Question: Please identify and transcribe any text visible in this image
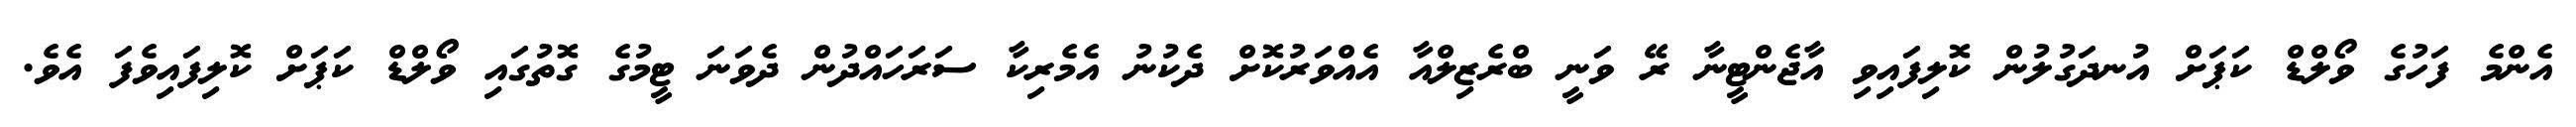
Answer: އެންމެ ފަހުގެ ވޯލްޑް ކަޕަށް އުނދަގުލުން ކޮލިފައިވި އާޖެންޓީނާ ރޭ ވަނީ ބްރެޒިލްއާ އެއްވަރުކޮށް ދެކުނު އެމެރިކާ ސަރަހައްދުން ދެވަނަ ޓީމުގެ ގޮތުގައި ވޯލްޑް ކަޕަށް ކޮލިފައިވެފަ އެވެ.